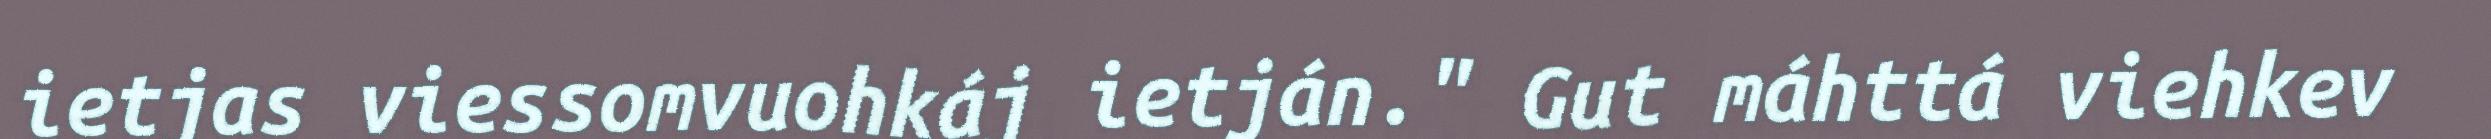
ietjas viessomvuohkáj ietján." Gut máhttá viehkev